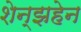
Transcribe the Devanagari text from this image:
शेन्झहेन